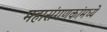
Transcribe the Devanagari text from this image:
महासंगणकांमध्ये